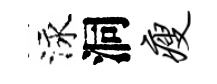
泳洞瘦